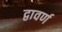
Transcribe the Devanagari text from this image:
द्वावर्ण